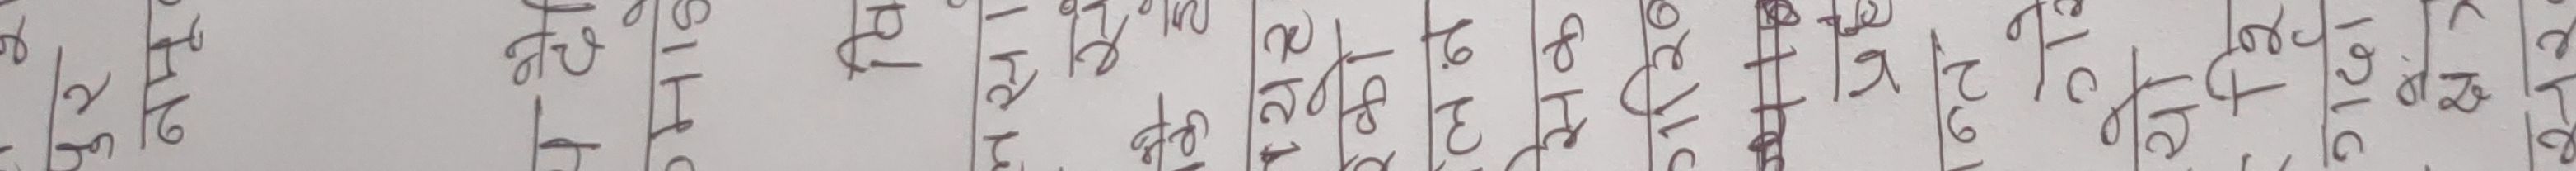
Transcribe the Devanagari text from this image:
६२८ १३९ ०५७ ६६३ ६८१ ००१ १२१ १५२ ५३० १८० ११५ १५० १०० १०१ १५० १७१ १८२ १९० १५७